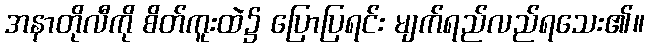
အနာတိုလီကို စိတ်ကူးထဲ၌ ပြောပြရင်း မျက်ရည်လည်ရသေး၏။